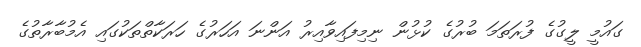
ގައުމީ ލީގުގެ ފުރަތަމަ ބުރުގެ ކުޅުން ނިމިފައިވާއިރު އަންނަ އަހަރުގެ ހަރަކާތްތަކުގައި އެމުބާރާތުގެ